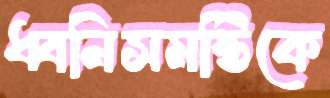
ধ্বনিসমষ্টিকে